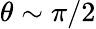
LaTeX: \theta\sim\pi/2